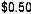
$0.50